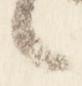
言